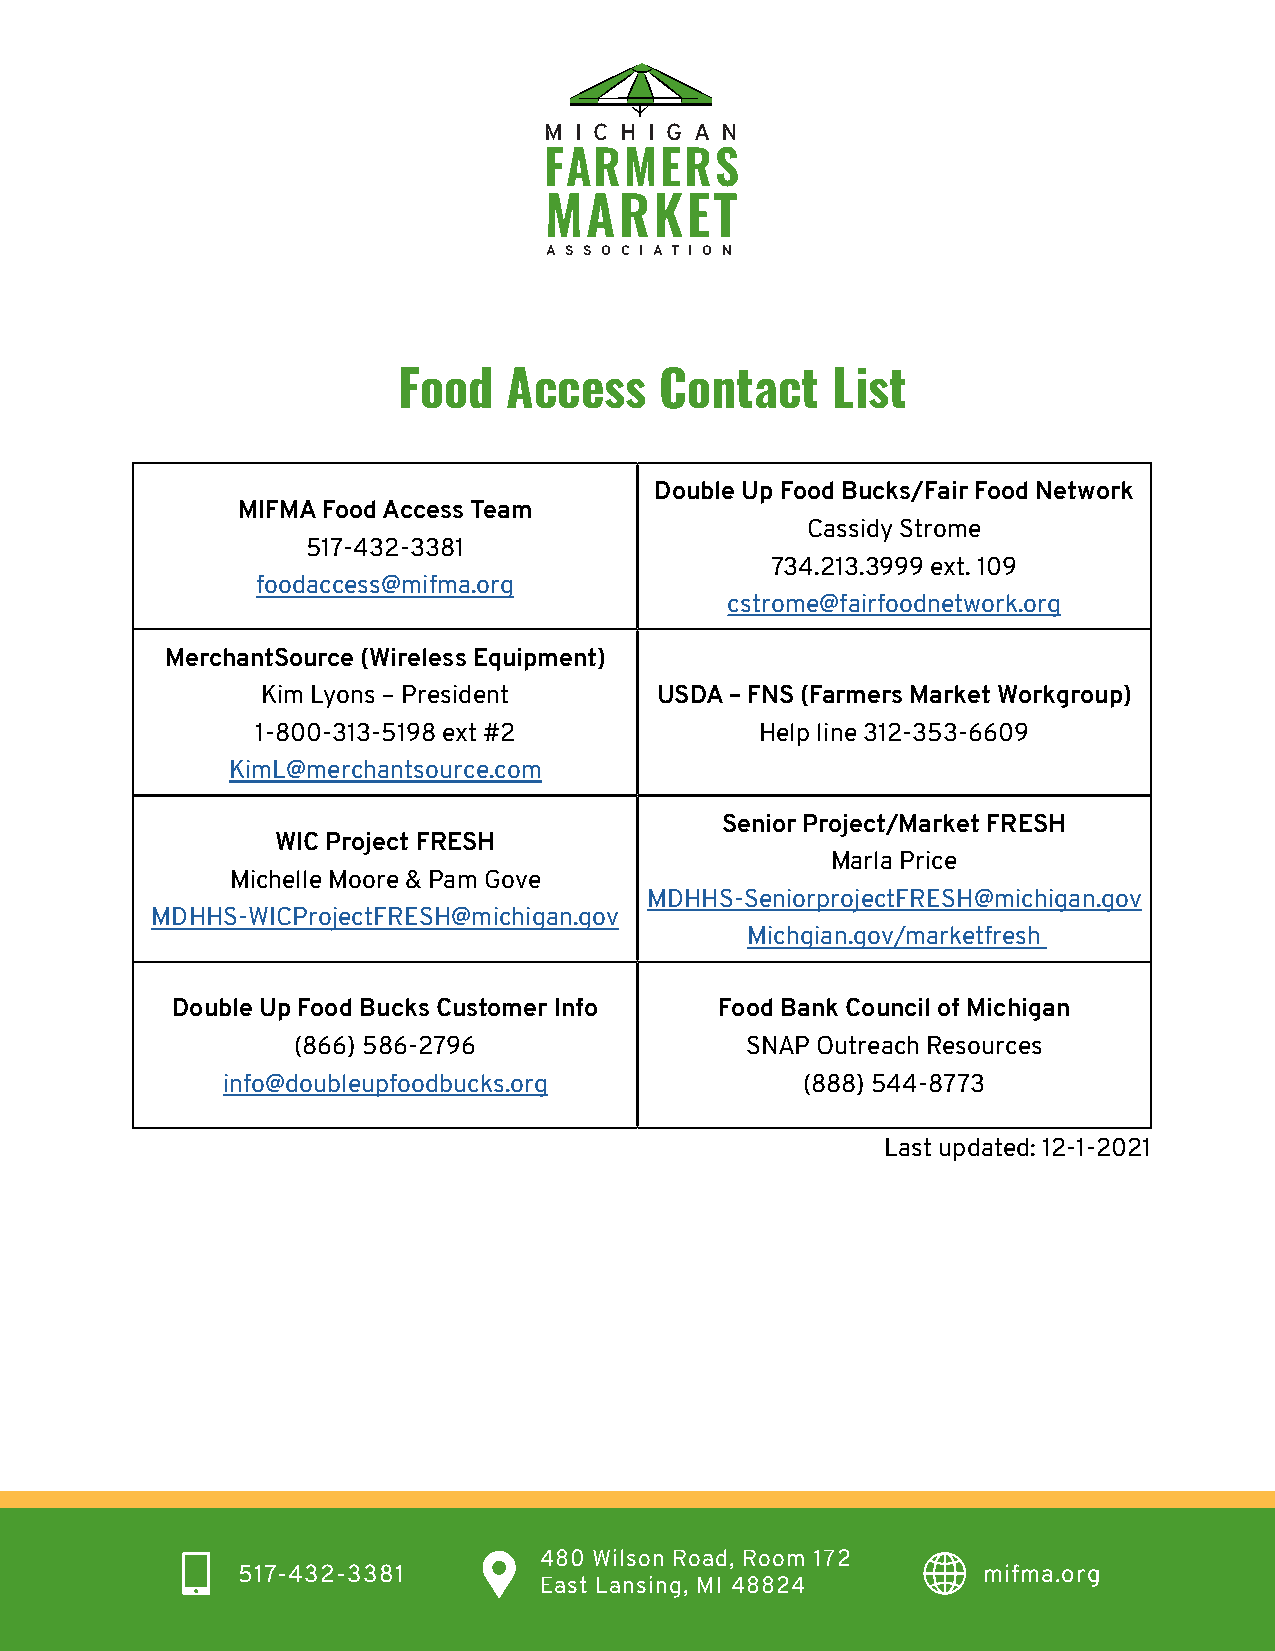
M I C H I G A N
 FARMERS
 MARKET
 A S S O C I A T I O N
 Food    Access    Contact    List
 Double Up Food Bucks/Fair Food Network
 MIFMA Food Access Team
 Cassidy Strome
 517-432-3381
 734.213.3999 ext. 109
 foodaccess@mifma.org
 cstrome@fairfoodnetwork.org
 MerchantSource (Wireless Equipment)
 Kim Lyons – President     USDA – FNS (Farmers Market Workgroup)
 1-800-313-5198 ext #2            Help line 312-353-6609
 KimL@merchantsource.com
 Senior Project/Market FRESH
 WIC Project FRESH
 Marla Price
 Michelle Moore & Pam Gove
 MDHHS-SeniorprojectFRESH@michigan.gov
 MDHHS-WICProjectFRESH@michigan.gov
 Michgian.gov/marketfresh
 Double Up Food Bucks Customer Info   Food Bank Council of Michigan
 (866) 586-2796                SNAP Outreach Resources
 info@doubleupfoodbucks.org            (888) 544-8773
 Last updated: 12-1-2021
 480 Wilson Road, Room 172
 517-432-3381                                     mifma.org
 East Lansing, MI 48824